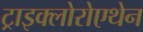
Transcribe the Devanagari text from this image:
ट्राइक्लोरोएथेन